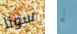
سونا لم